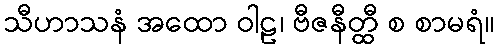
သီဟာသနံ အထော ဝါဠ၊ ဗီဇနီတ္ထီ စ စာမရံ။